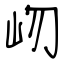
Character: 岉